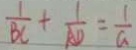
\frac { 1 } { B C } + \frac { 1 } { A D } = \frac { 1 } { a }